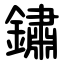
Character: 鏽